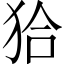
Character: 𤝰